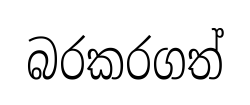
බරකරගත්